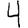
Digit: 4